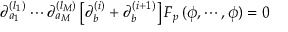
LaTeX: \partial _ { a _ { 1 } } ^ { ( l _ { 1 } ) } \cdots \partial _ { a _ { M } } ^ { ( l _ { M } ) } \left[ \partial _ { b } ^ { ( i ) } + \partial _ { b } ^ { ( i + 1 ) } \right] F _ { p } \, ( \phi , \cdots , \phi ) = 0